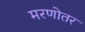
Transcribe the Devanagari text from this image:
मरणोतर